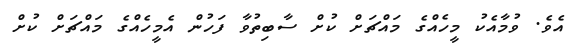
އެވެ. ވުމާއެކު މީހެއްގެ މައްޗަށް ކުށް ސާބިތުވާ ފަހުން އެމީހެއްގެ މައްޗަށް ކުށް